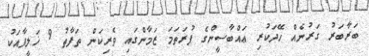
ބަރާބަރު ގަރުނެއް ހޭދަކުރި ޢައްބާސީންގެ ފުރަތަމަ ޒަމާންގައި ވެރިކަން ތަފާތު 9 ޚަލީފާއަކު